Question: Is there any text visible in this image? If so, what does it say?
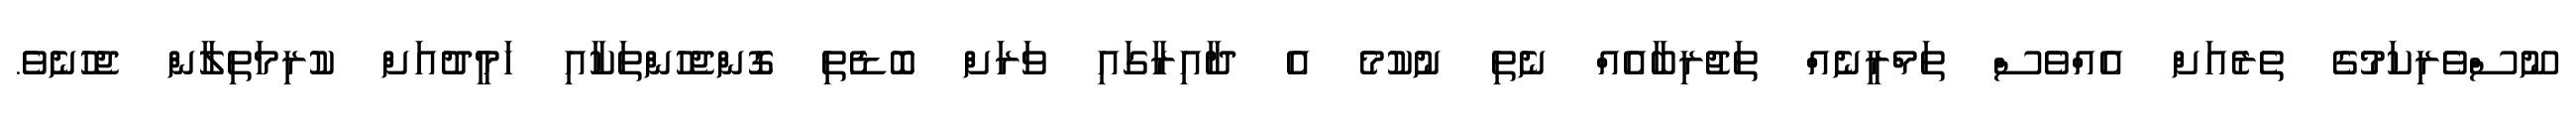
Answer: ނޫސްވެރިކަމުގެ ތެރެއަށް އެއްވެސް ތަމްރީނެއް ތަޖުރިބާއެއް ނެތި ނުކުމެ އެ ދާއިރާގައި ވަރަށް ބޮޑެތި ގޮންޖެހުންތަކާއި ހަމީދުއަށް ކުރިމަތިލާން ޖެހުނެވެ.